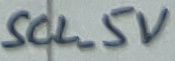
Text: SCL_5V